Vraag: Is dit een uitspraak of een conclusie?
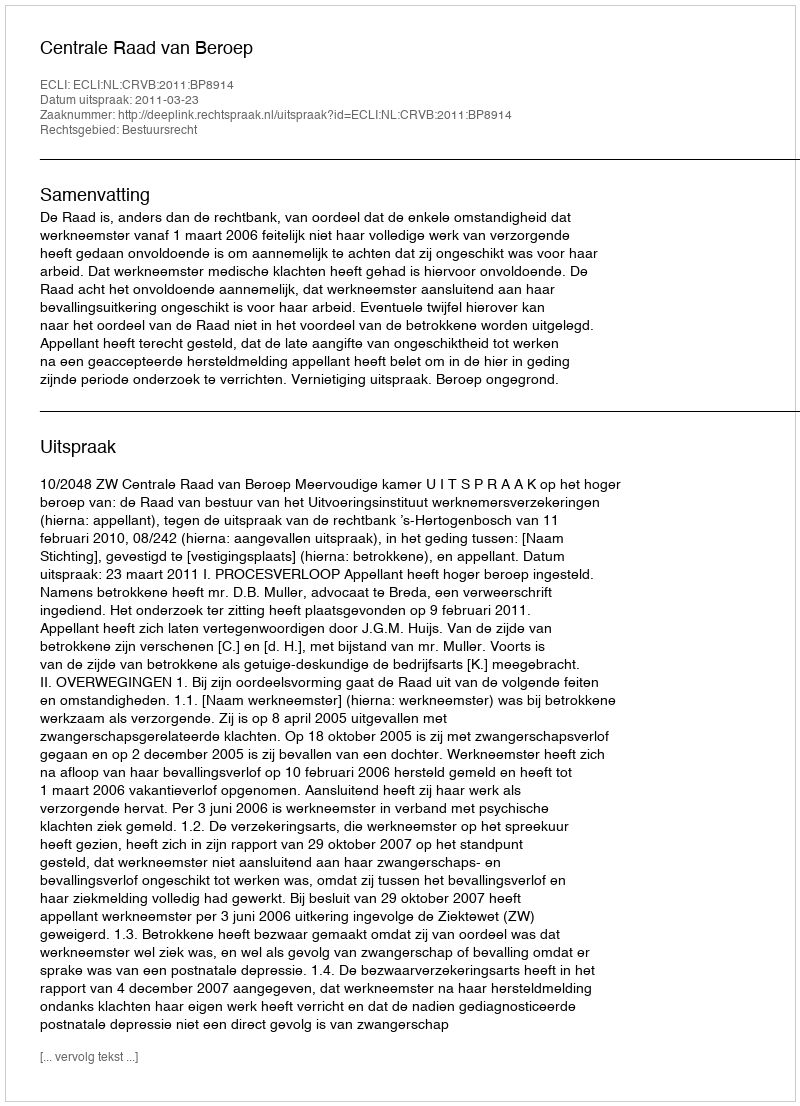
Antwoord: Uitspraak